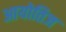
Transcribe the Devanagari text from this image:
आयोतिज